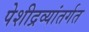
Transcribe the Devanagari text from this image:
पेशीद्रव्यांतर्गत